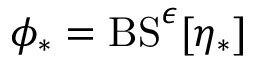
\phi _ { * } = \mathrm { B S } ^ { \epsilon } [ \eta _ { * } ]